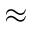
\approx